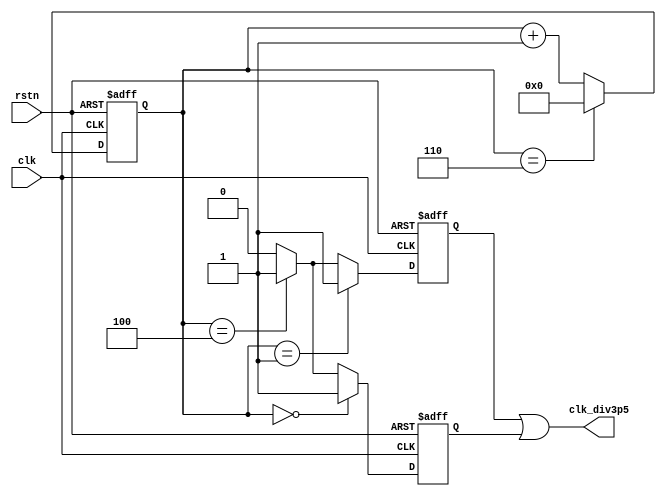
module half_divisor(
    input               rstn ,
    input               clk,
    output              clk_div3p5
    );

   //capture at negedge
   parameter            MUL2_DIV_CLK = 7 ;
   reg [3:0]            cnt ;
   always @(posedge clk or negedge rstn) begin
      if (!rstn) begin
         cnt    <= 'b0 ;
      end
      else if (cnt == MUL2_DIV_CLK-1) begin
         cnt    <= 'b0 ;
      end
      else begin
         cnt    <= cnt + 1'b1 ;
      end
   end

   reg                  clk_ave_r ;
   always @(posedge clk or negedge rstn) begin
      if (!rstn) begin
         clk_ave_r <= 1'b0 ;
      end
      //first cycle: 4 origianl clk
      else if (cnt == 0) begin
         clk_ave_r <= 1 ;
      end
      //2nd cycle: 3 corginal clk
      else if (cnt == (MUL2_DIV_CLK/2)+1) begin
         clk_ave_r <= 1 ;
      end
      else begin
         clk_ave_r <= 0 ;
      end
   end

   //adjust
   reg                  clk_adjust_r ;
   always @(negedge clk or negedge rstn) begin
      if (!rstn) begin
         clk_adjust_r <= 1'b0 ;
      end
      //for beautiful high-level
      else if (cnt == 1) begin
         clk_adjust_r <= 1 ;
      end
      //for same cycle
      else if (cnt == (MUL2_DIV_CLK/2)+1 ) begin
         clk_adjust_r <= 1 ;
      end
      else begin
         clk_adjust_r <= 0 ;
      end
   end

   assign clk_div3p5 = clk_adjust_r | clk_ave_r ;
   //not suggested
   //assign clk_div3p5 = (cnt == 1 || cnt ==2) ? clk_ave_r : clk_adjust_r ;

endmodule